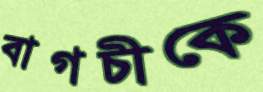
বাগচীকে